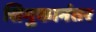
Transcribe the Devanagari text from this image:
सिमुकानंतर